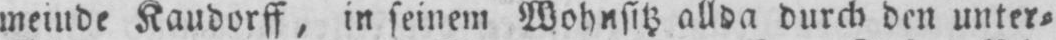
meinde Kaudorff, in seinem Wohnsitz allda durch den unter⸗